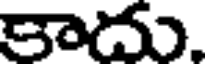
కాదు.